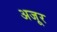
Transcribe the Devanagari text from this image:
अजूर